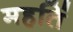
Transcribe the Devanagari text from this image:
महतिं